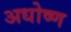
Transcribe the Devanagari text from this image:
अधोष्ण